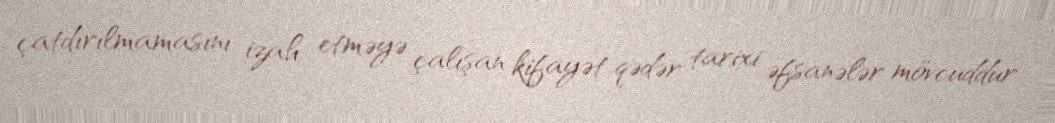
çatdırılmamasını izah etməyə çalışan kifayət qədər tarixi əfsanələr mövcuddur.